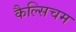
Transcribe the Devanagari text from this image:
कैल्सिचम